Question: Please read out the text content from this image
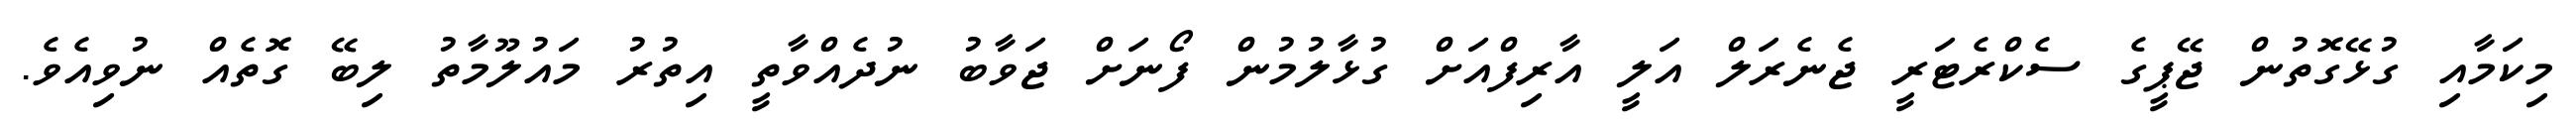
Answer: މިކަމާއި ގުޅޭގޮތުން ޖޭޕީގެ ސެކްރެޓަރީ ޖެނެރަލް އަލީ އާރިފްއަށް ގުޅާލުމުން ފޯނަށް ޖަވާބު ނުދެއްވާތީ އިތުރު މައުލޫމާތު ލިބޭ ގޮތެއް ނުވިއެވެ.